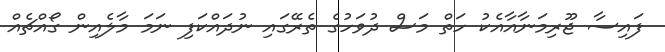
ފައިސާ ޖޫރިމަނާއާއެކު ހަތް މަސް ދުވަހުގެ ތެރޭގައި ނުދައްކަފި ނަމަ މާލެއިން ގޯއްޗެއް